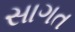
સાગત